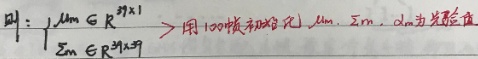
\[
叫：\left\{\begin{array}{l}
\mu_{m} \in \mathbb{R}^{3 \times 1} \\
\Sigma_{m} \in \mathbb{R}^{3 \times 3}
\end{array}\right.用 100 帧初始化，\mu_{m}, \Sigma_{m}, \alpha_{m} 为发量值
\]